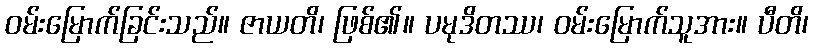
ဝမ်းမြောက်ခြင်းသည်။ ဇာယတိ၊ ဖြစ်၏။ ပမုဒိတဿ၊ ဝမ်းမြောက်သူအား။ ပီတိ၊